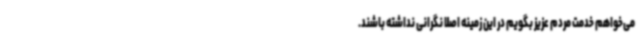
می‌خواهم خدمت مردم عزیز بگویم در این زمینه اصلا نگرانی نداشته باشند.